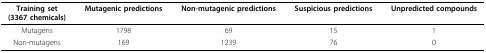
| Training set(3367 chemicals) | Mutagenic predictions | Non-mutagenic predictions | Suspicious predictions | Unpredicted compounds |
 | --- | --- | --- | --- | --- |
 | Mutagens | 1798 | 69 | 15 | 1 |
 | Non-mutagens | 169 | 1239 | 76 | 0 |